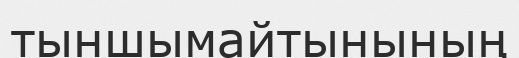
тыншымайтынының